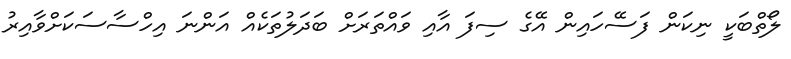
ލޯތްބަކީ ނިކަން ފަސޭހައިން އޭގެ ސިފަ އާއި ވައްތަރަށް ބަދަލުތަކެއް އަންނަ އިހްސާސަކަށްވާއިރު